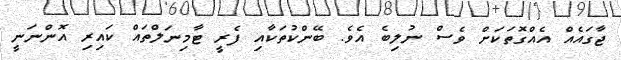
ޖާގައެއް އެއްގޮތަކަށް ވެސް ނުލިބެ އެވެ. ބޭންކުތަކާއި ފެރީ ޓާމިނަލްތައް ކައިރި އޮންނަނީ